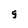
Character: 9